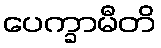
ပေက္ခာမီတိ